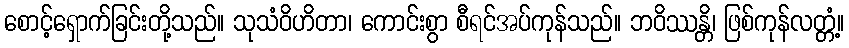
စောင့်ရှောက်ခြင်းတို့သည်။ သုသံဝိဟိတာ၊ ကောင်းစွာ စီရင်အပ်ကုန်သည်။ ဘဝိဿန္တိ၊ ဖြစ်ကုန်လတ္တံ့။